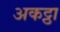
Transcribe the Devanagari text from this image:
अकट्ठा